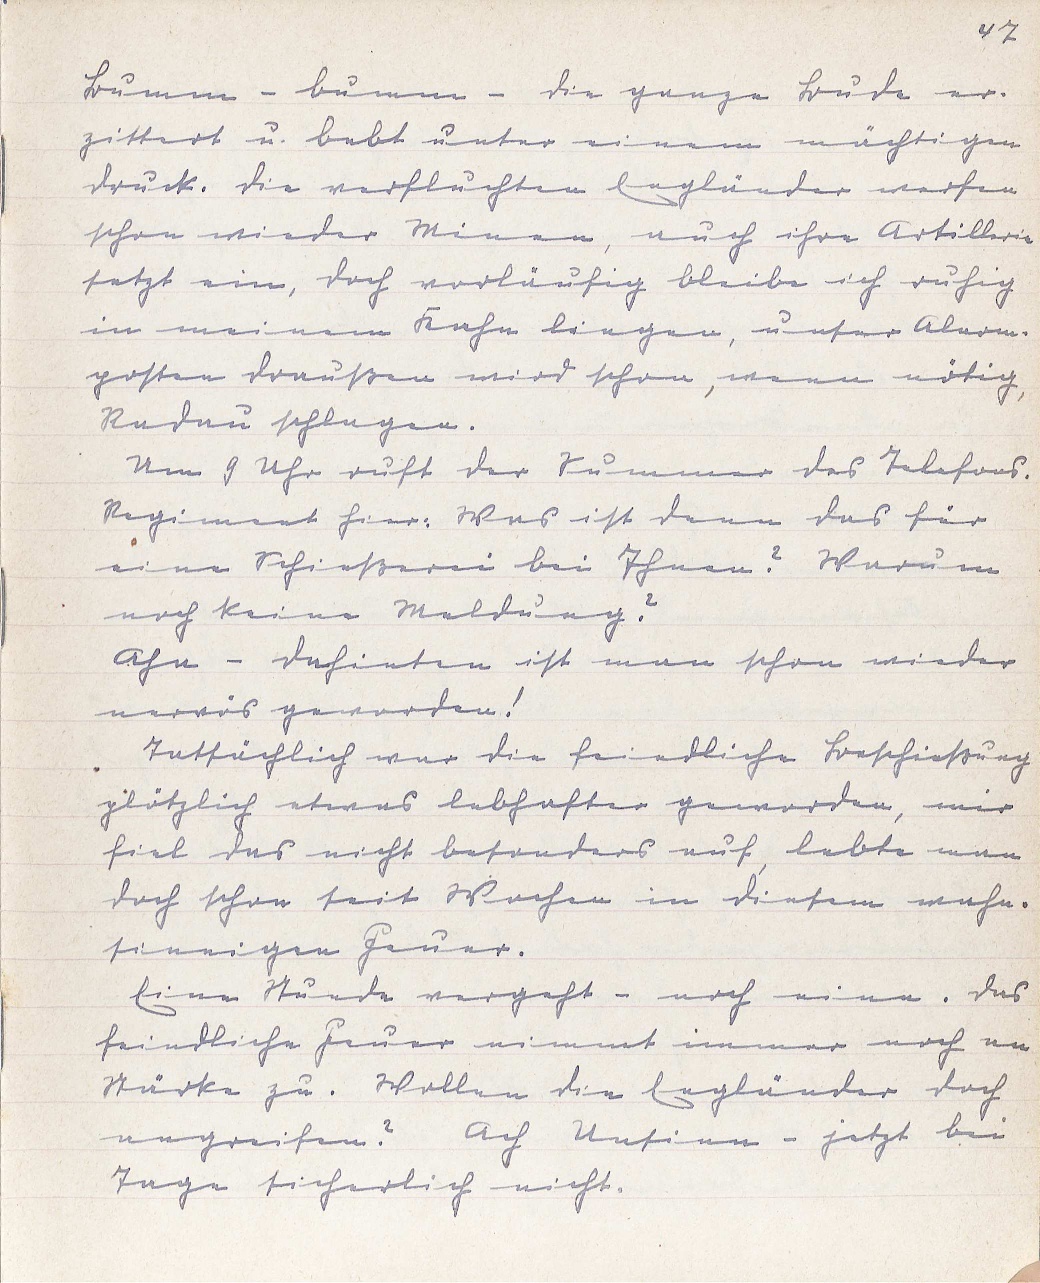
47
Bumm - bumm - die ganze Bude er¬
zittert u. bebt unter einem mächtigen
Druck. Die verfluchten Engländer werfen
schon wieder Minen, auch ihre Artillerie
setzt ein, doch vorläufig bleibe ich ruhig
in meinem Kahn liegen, unser Alarm¬
posten draußen wird schon, wenn nötig,
Radau schlagen.
Um 9 Uhr ruft der Summer des Telefons.
Regiment hier. Was ist denn das für
eine Schießerei bei Ihnen? Warum
noch keine Meldung?
Aha - dahinten ist man schon wieder
nervös geworden!
Tatsächlich war die feindliche Beschießung
plötzlich etwas lebhafter geworden, mir
fiel das nicht besonders auf, lebte man
doch schon seit Wochen in diesem wahn¬
sinnigen Feuer.
Eine Stunde vergeht - noch eine. Das
feindliche Feuer nimmt immer noch an
Stärke zu. Wollen die Engländer doch
angreifen? Ach Unsinn - jetzt bei
Tage sicherlich nicht.